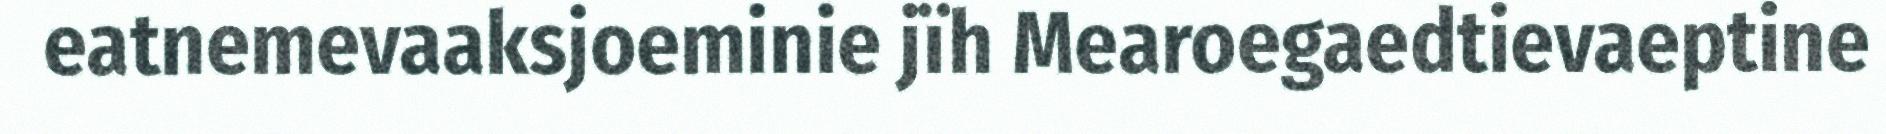
eatnemevaaksjoeminie jïh Mearoegaedtievaeptine